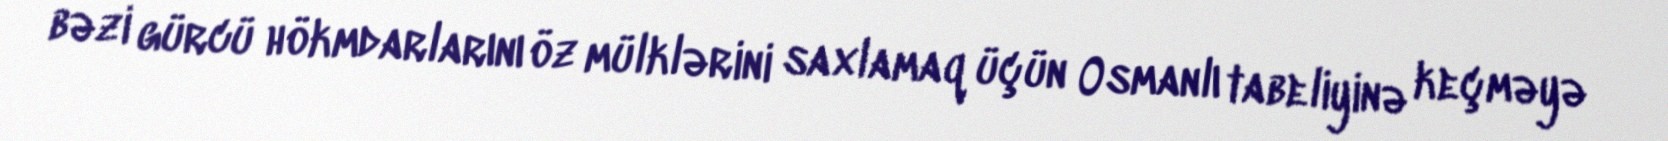
bəzi gürcü hökmdarlarını öz mülklərini saxlamaq üçün Osmanlı tabeliyinə keçməyə